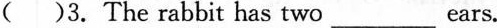
( )3.The rabbit has two___ears.